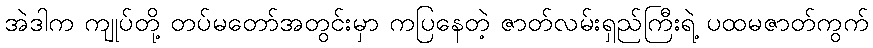
အဲဒါက ကျုပ်တို့ တပ်မတော်အတွင်းမှာ ကပြနေတဲ့ ဇာတ်လမ်းရှည်ကြီးရဲ့ ပထမဇာတ်ကွက်